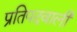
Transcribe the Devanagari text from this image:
प्रतिपदवाली